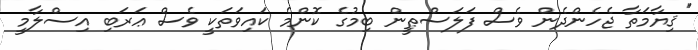
''ޤިޔާމަތާ ޖެހެންދެން ވެސް ފަލަސްޠީން ބިމުގެ ކޮންމެ ކައިވަތަކީ ވެސް ޢަރަބި އިސްލާމީ